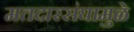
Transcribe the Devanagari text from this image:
मतदारसंघामुळे